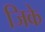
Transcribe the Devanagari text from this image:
जिके